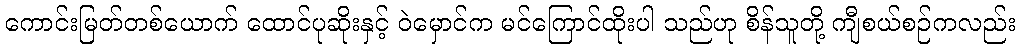
ကောင်းမြတ်တစ်ယောက် ထောင်ပုဆိုးနှင့် ဝဲမှောင်က မင်ကြောင်ထိုးပါ သည်ဟု စိန်သူတို့ ကျီစယ်စဉ်ကလည်း